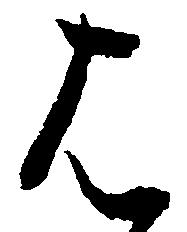
は